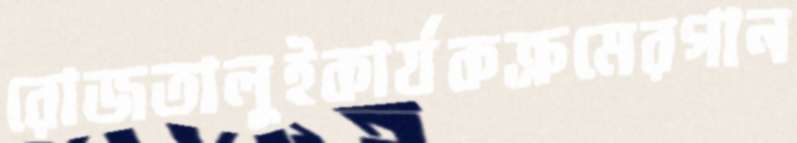
রোজতালুইকার্যকক্রমেরগান